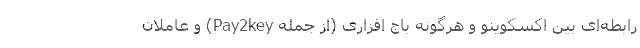
رابطه‌ای بین اکسکوینو و هرگونه باج افزاری (از جمله Pay2key) و عاملان